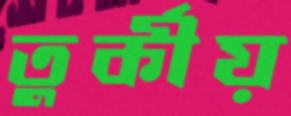
তুর্কীয়